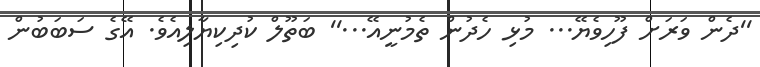
''ދެން ވަރަށް ފޫހިވެޔޭ... މުޅި ހެދުން ތެމުނީއޭ...'' ބަތޫލް ކުދިކިޔާލިއެވެ. އޭގެ ސަބަބުން